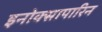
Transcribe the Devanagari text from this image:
इनोक्सापारिन